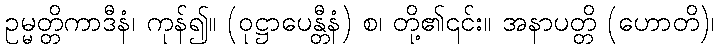
ဥမ္မတ္တိကာဒီနံ၊ ကုန်၍။ (ဝုဋ္ဌာပေန္တီနံ) စ၊ တို့၏၎င်း။ အနာပတ္တိ (ဟောတိ)၊